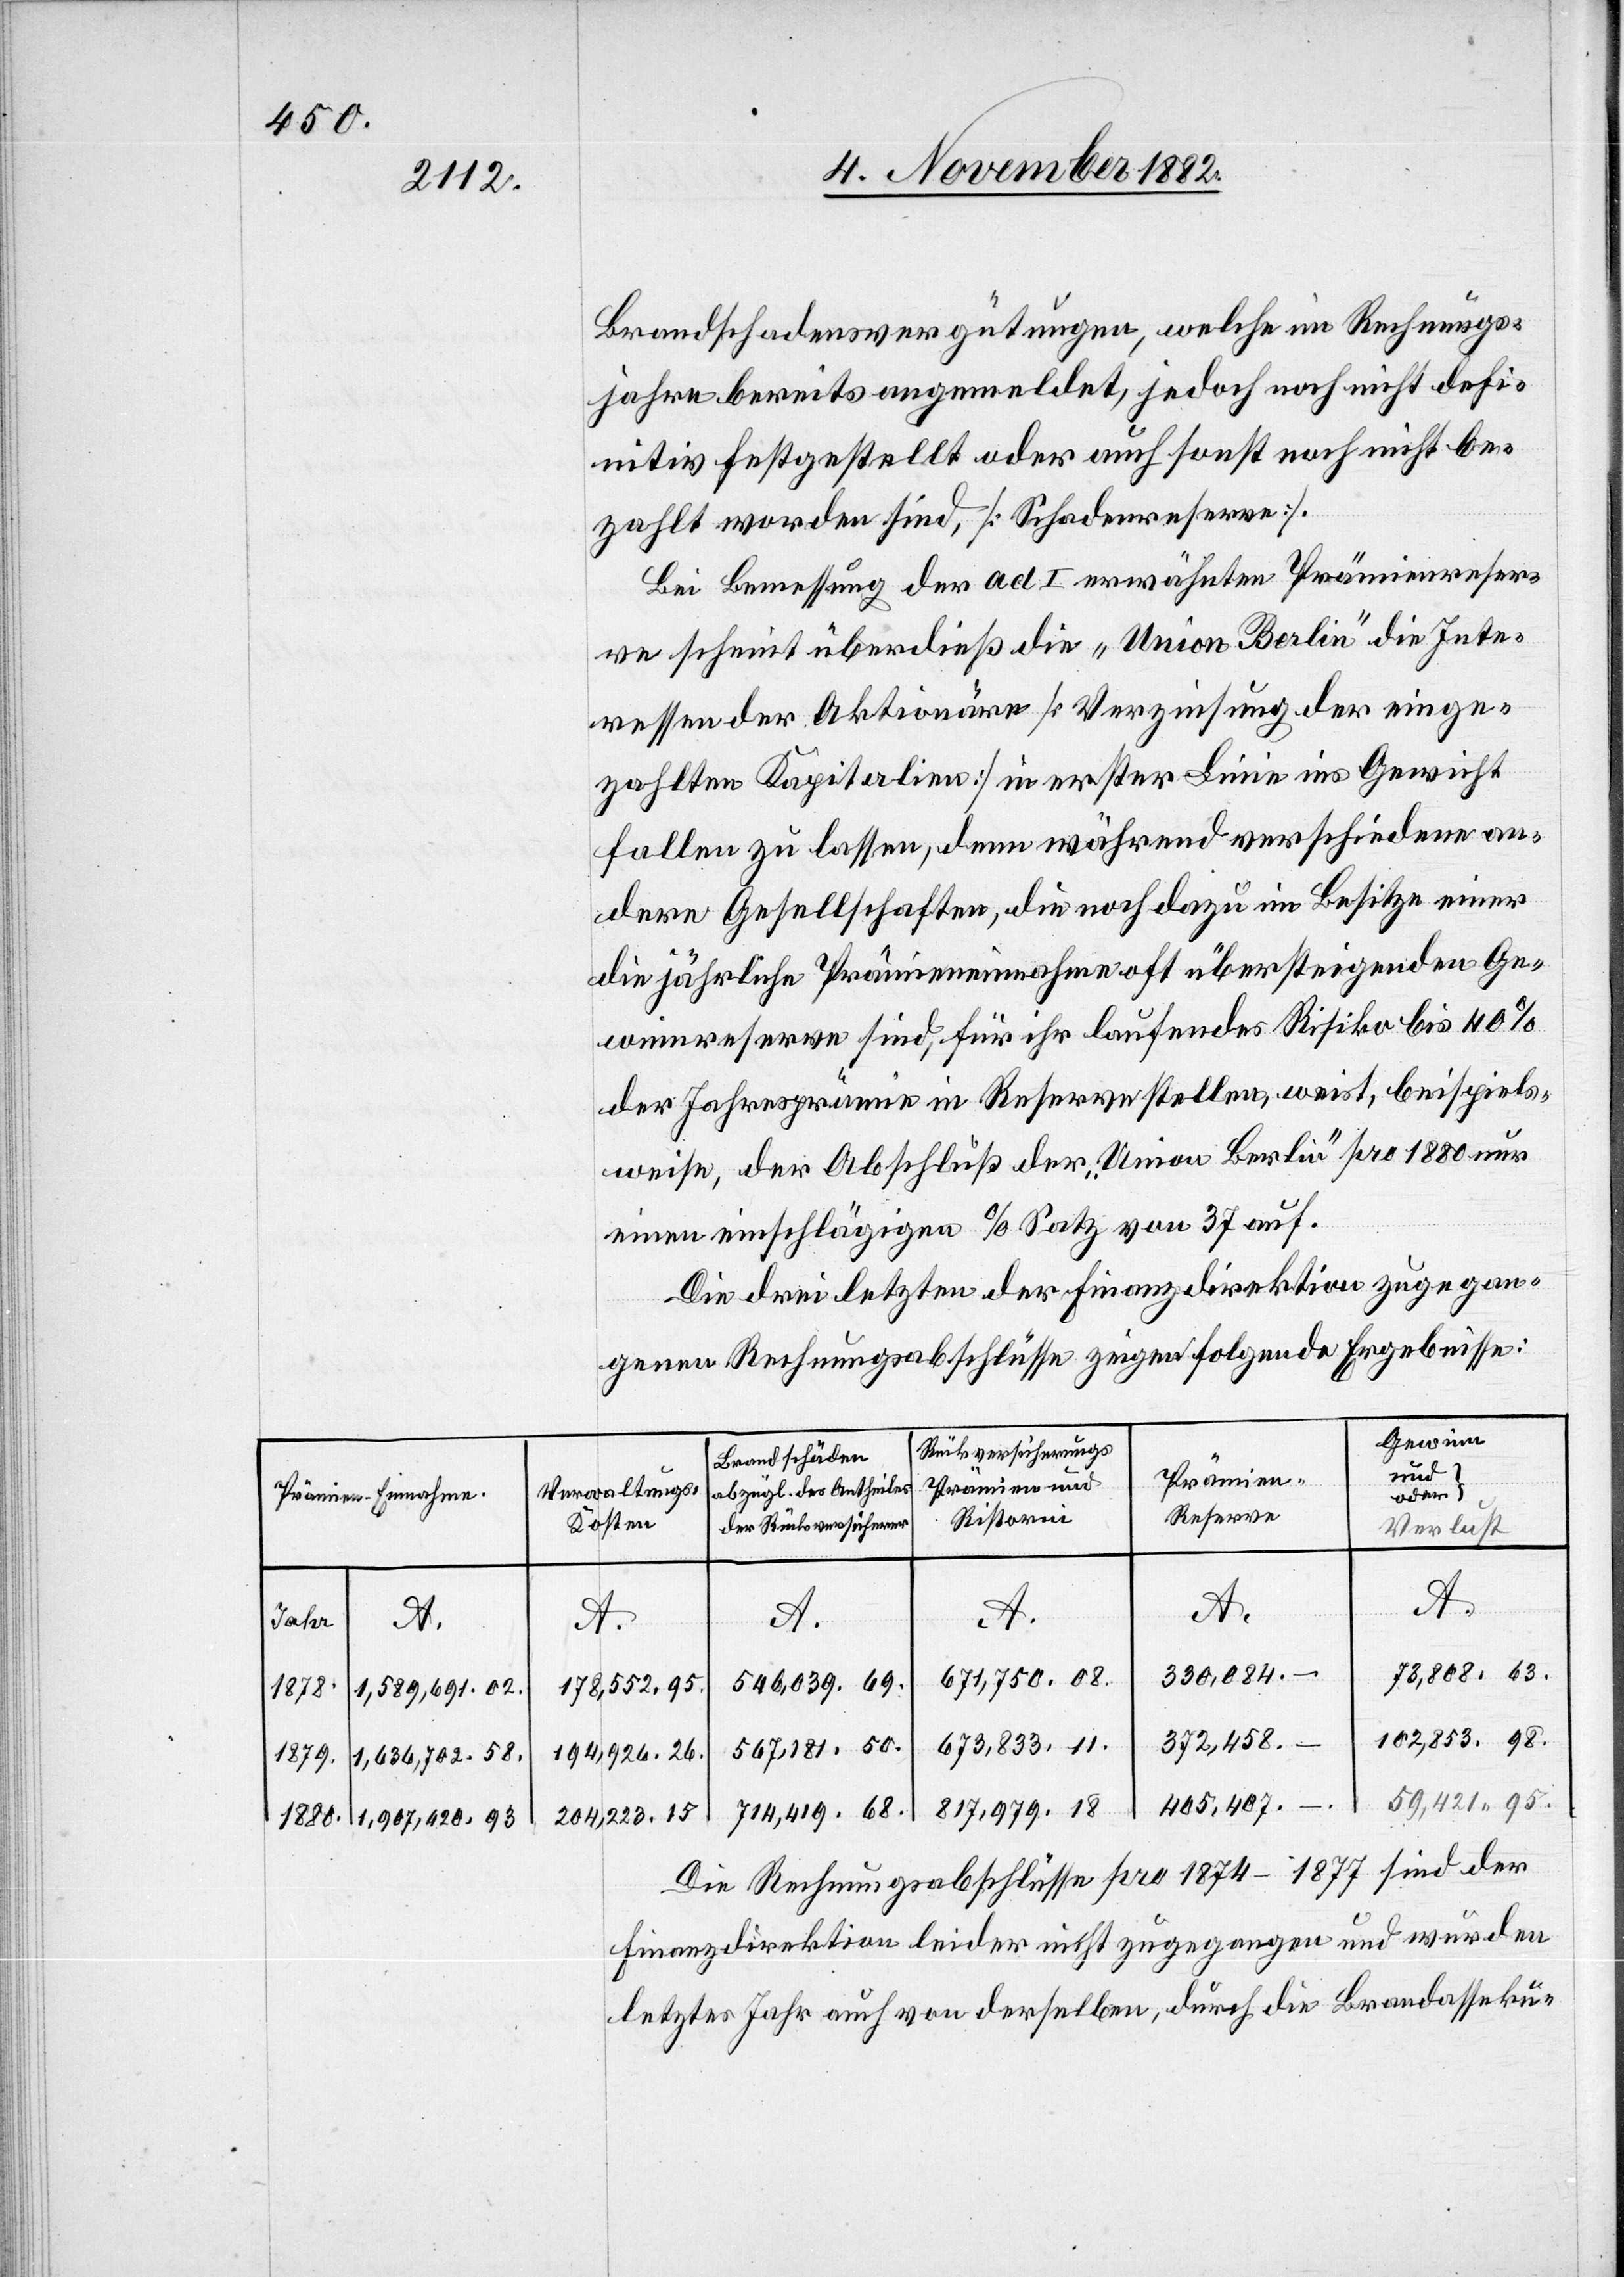
Prämien-Einnahmen
A.
Jahr
1,589,691.02
1880.
1,636,702.58.
1879.

Brandschadensvergütungen, welche im Rechnungs¬
jahre bereits angemeldet, jedoch noch nicht defi¬
nitiv festgestellt oder auch sonst noch nicht be¬
zahlt worden sind, [Schadenreserve].
Bei Bemessung der ad I erwähnten Prämienreser¬
ve scheint überdieß die „Union Berlin“ die Inte¬
ressen der Aktionäre [Verzinsung der einge¬
zahlten Kapitalien] in erster Linie ins Gewicht
fallen zu lassen, denn während verschiedene an¬
dere Gesellschaften, die noch dazu im Besitze einer
die jährliche Prämieneinnahme oft übersteigenden Ge¬
winnreserve sind, für ihr laufendes Risiko bis 40%
der Jahresprämie in Reserve stellen, weist, beispiels¬
weise, der Abschluß der „Union Berlin“ pro 1880 nur
einen einschlägigen %Satz von 37 auf.
Die drei letzten der Finanzdirektion zugegan¬
genen Rechnungsabschlüsse zeigen folgende Ergebnisse:
Gewinn
Rückversicherungs[
Brandschäden
und
Prämie¬
Prämien und
Verwaltungs-K¬
oder
n-Reserve
Ristorni
osten
Verlust
A.
A.
A.
A.
A.
73,808.63.
330,084.–
671,750.08
546,039.69.
178,552.95.
102,853.98.
372,458.–
673,833.11.
657,181.50.
194,926.26.
59,421 95.
405,407.–.
204,223.15
Die Rechnungsabschlüsse pro 1874–1877 sind der
Finanzdirektion leider nicht zugegangen und wurden
letztes Jahr auch von derselben, durch die Brandasseku-